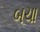
બચા